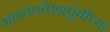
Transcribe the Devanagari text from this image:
भारतप्रवेशापूंर्वीच्या